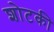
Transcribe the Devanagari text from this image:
शोटकी